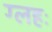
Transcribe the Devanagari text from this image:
ग्लहः